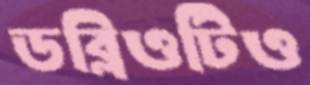
ডব্লিওটিও